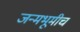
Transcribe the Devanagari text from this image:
जन्मभूमीच